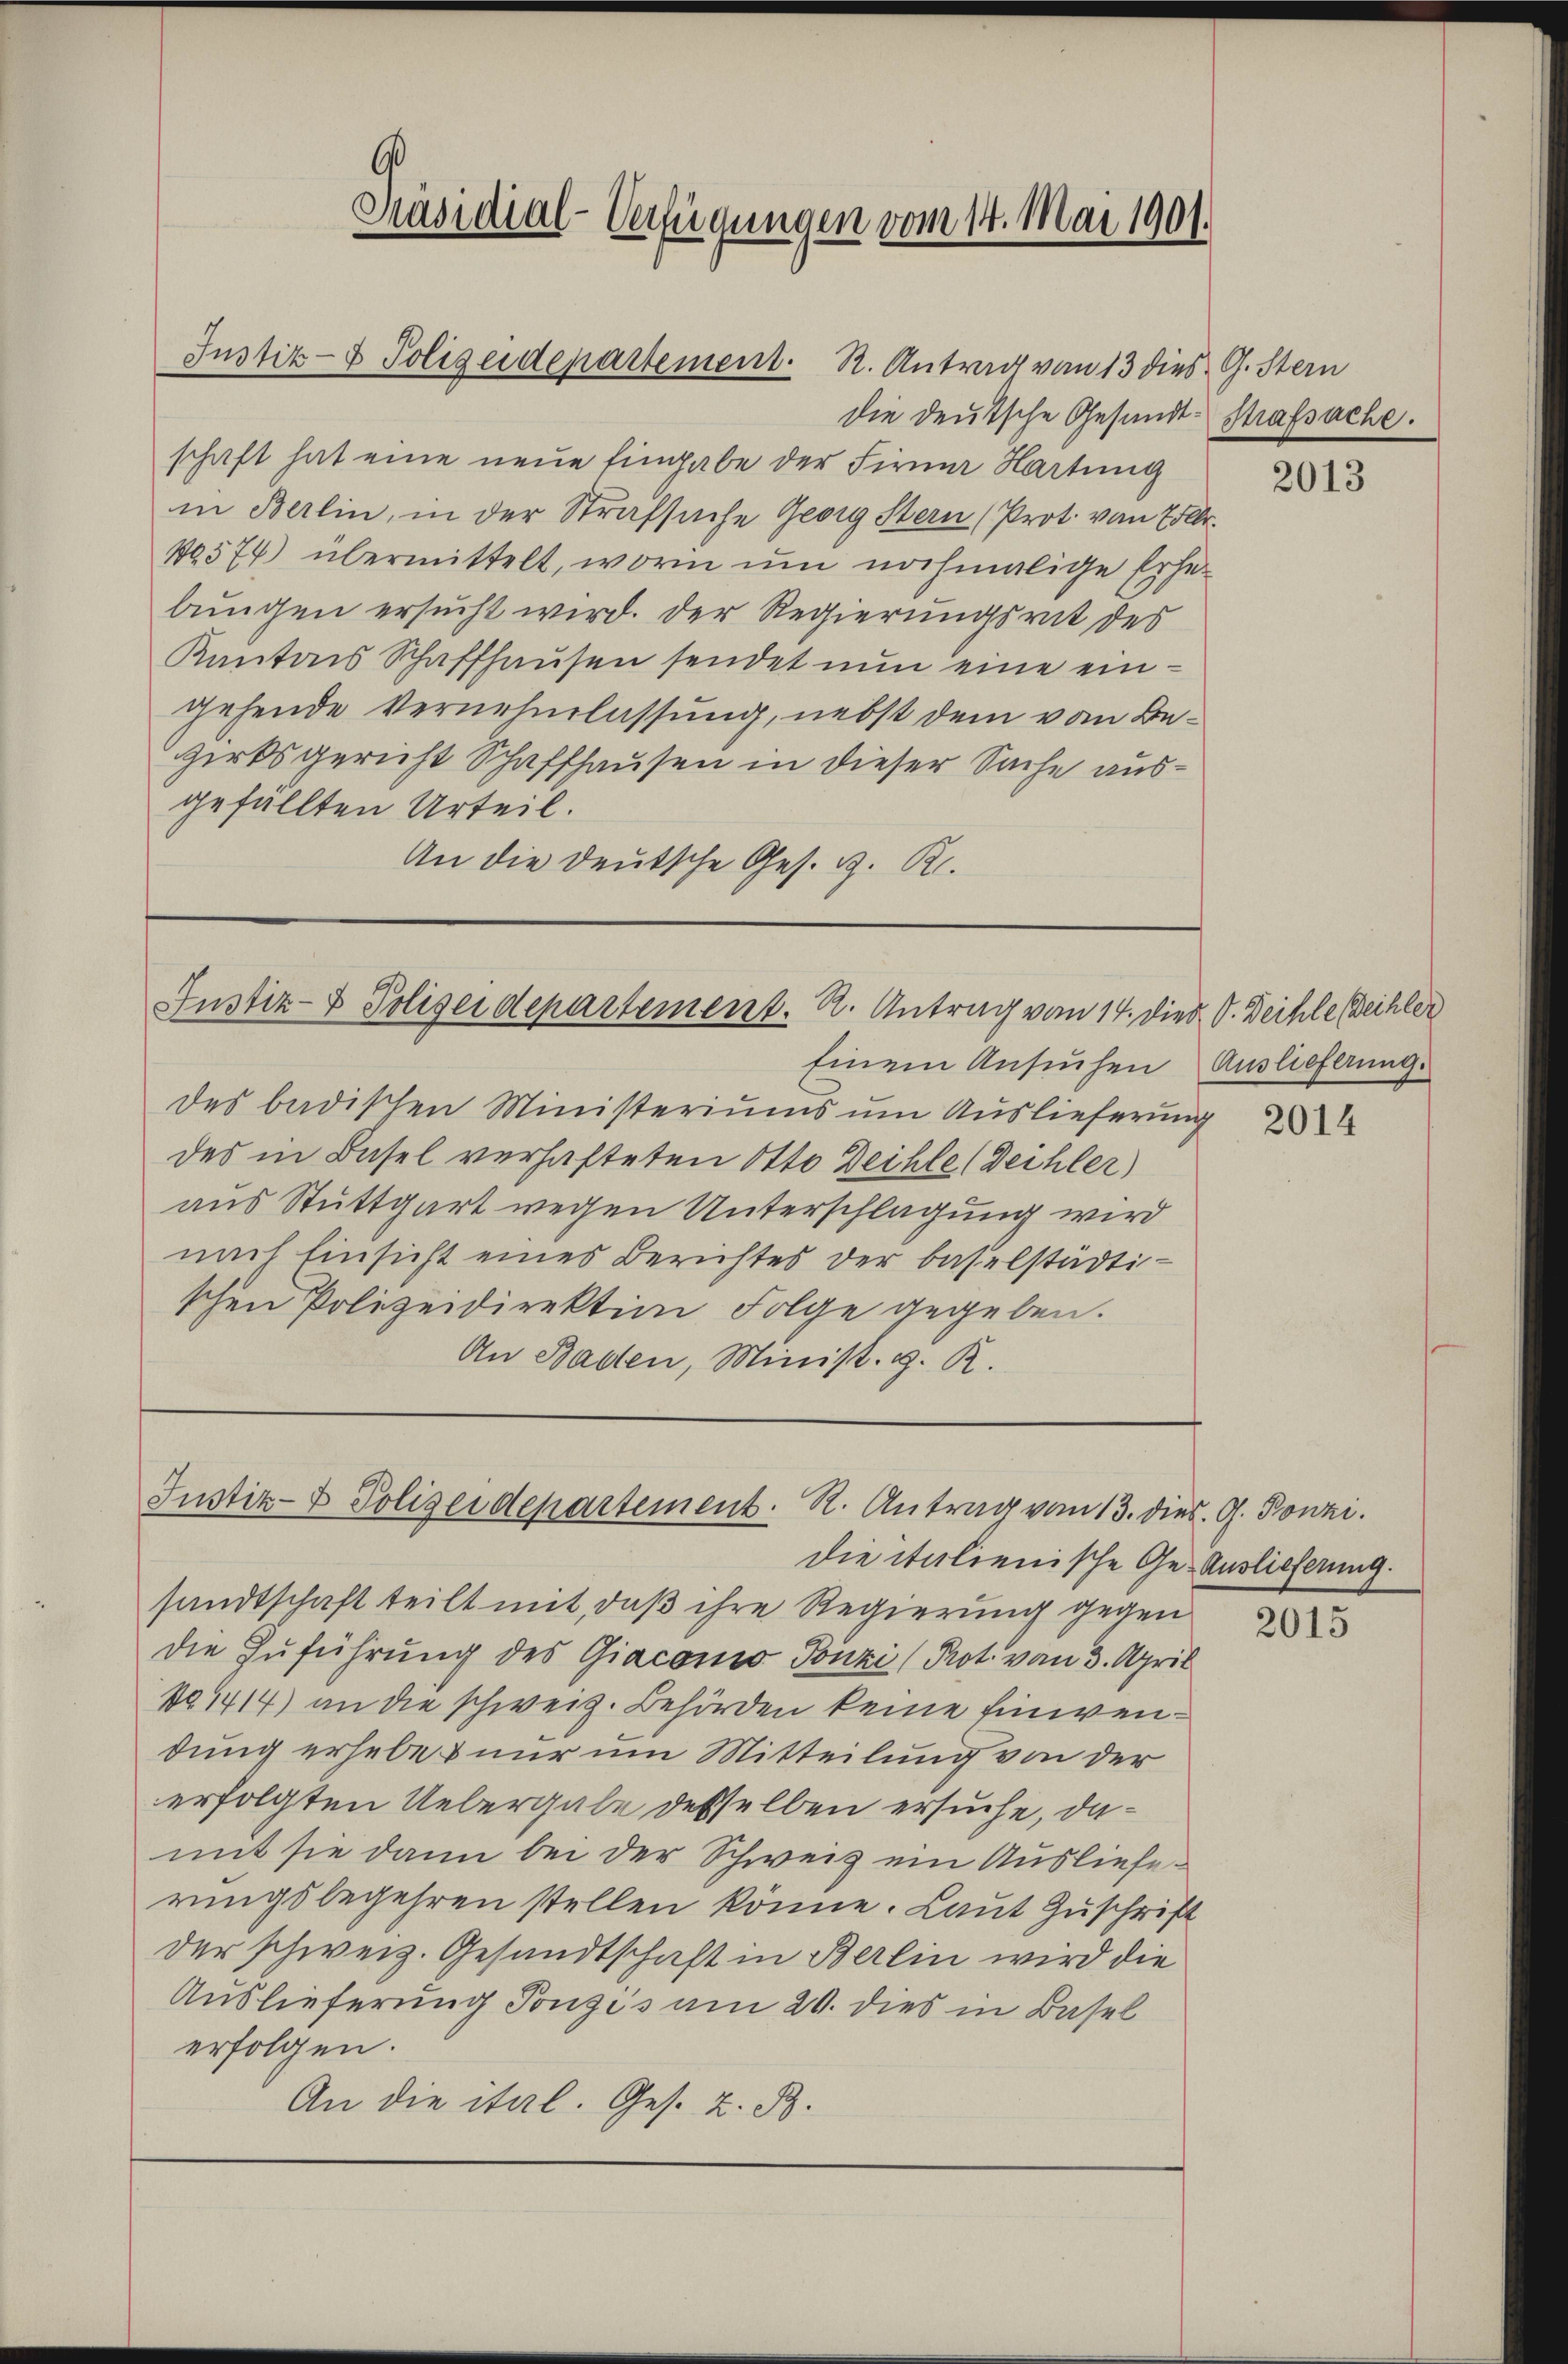
Präsidial-Verfügungen vom 14. Mai 1901.
Justiz- & Polizeidepartement. R. Antrag von 13 dies G. Stern

die deutsche Gesandt Strafsache.
schaft hat eine neue Eingabe der Firma Hartung
in Berlin, in der Strafsache Georg Stern (Prot. von 750.
1574) übermittelt, worin um nochmalige Erhebungen ersucht wird. Der Regierungsrat des
Kantons Schaffhausen sendet nun eine eingehende Vernehmlassung, nebst dem vom Bezirksgericht Schaffhausen in dieser Sache ausgefällten Urteil.
An die deutsche Ges. v. R.

Justiz- & Polizeidepartement. R. Antrag vom 14. dies V. Deihle Behler

Justiz- & Polizeidepartement. R. Antrag von 13. dies. G. Ponzi

Einem Ansuchen
des badischen Ministeriums um Auslieferung
des in Basel verhafteten Otto Zeihle (Dechler)
aus Stuttgart wegen Unterschlagung wird
nach Einsicht eines Berichtes der baselstädti-
schen Polizeidirektion Folge gegeben.
An Baden, Minist. g. R.

die italienische Ge-Auslieferung.
sandtschaft teilt mit, daß ihre Regierung gegen
die Zuführung des Giaconio Ponzi (Prot. vom 3. April
No1414) an die schweiz. Behörden keine Einwendung erhebet nur um Mitteilung von der
erfolgten Uebergabe desselben ersuche, damit sie dann bei der Schweiz ein Auslieferungsbegehren stellen könne. Laut Zuschrift
der schweiz. Gesandtschaft in Berlin wird die
Auslieferung Ponzis am 20. dies in Basel
erfolgen.
An die ital. Ges. Z. B.

2013

Auslieferung.

2014

2015